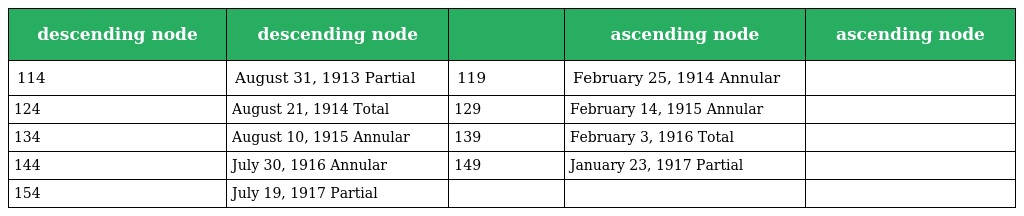
| descending node | descending node |  | ascending node | ascending node |
 | --- | --- | --- | --- | --- |
 | 114 | August 31, 1913 Partial | 119 | February 25, 1914 Annular |  |
 | 124 | August 21, 1914 Total | 129 | February 14, 1915 Annular |  |
 | 134 | August 10, 1915 Annular | 139 | February 3, 1916 Total |  |
 | 144 | July 30, 1916 Annular | 149 | January 23, 1917 Partial |  |
 | 154 | July 19, 1917 Partial |  |  |  |